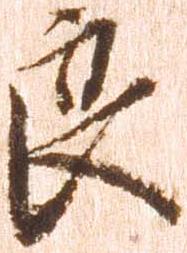
良